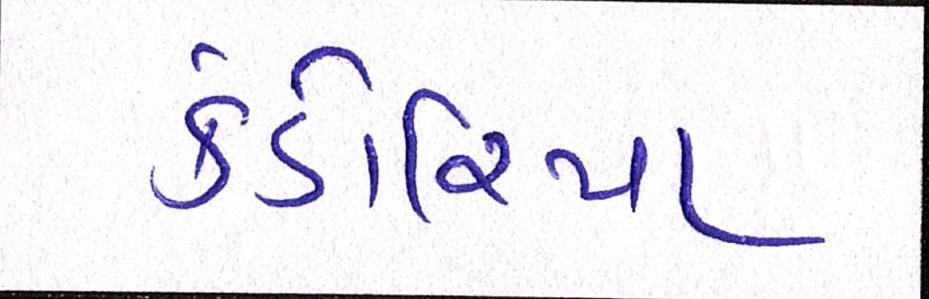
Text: કંડોરિયા